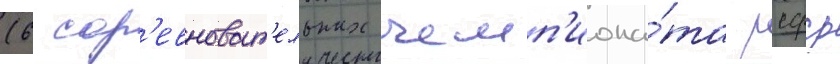
(6 сор'евноват'ельных чемп'иона́та рсфср